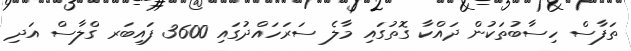
ތަފާސް ހިސާބުތަކުން ދައްކާ ގޮތުގައި މާލެ ސަރަހައްދުގައި 3600 ފައިބަރ ގްލާސް އަދި